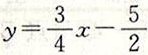
y = \frac { 3 } { 4 } x - \frac { 5 } { 2 }